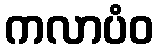
ကလာပံဝ